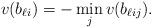
LaTeX: \begin{align*}v(b_{\ell i})=-\min\limits_jv(b_{\ell ij}).\end{align*}